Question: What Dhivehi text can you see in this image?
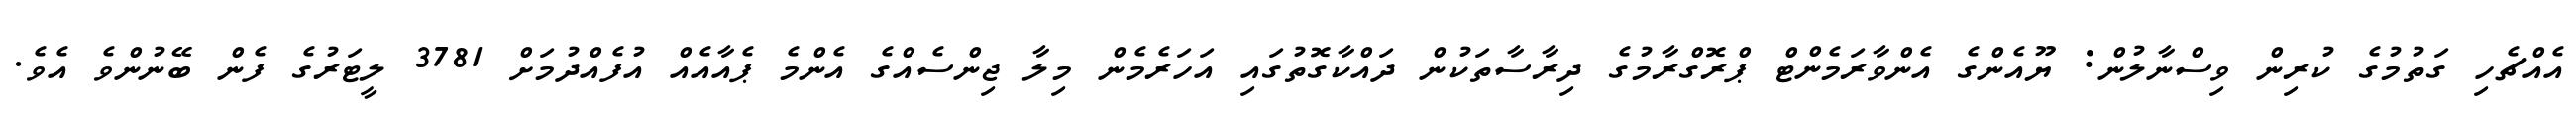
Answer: އެއްޗެހި ގަތުމުގެ ކުރިން ވިސްނާލުން: ޔޫއެންގެ އެންވާރަމެންޓް ޕްރޮގްރާމުގެ ދިރާސާތަކުން ދައްކާގޮތުގައި އަހަރެމެން މިލާ ޖިންސެއްގެ އެންމެ ޕެއާއެއް އުފެއްދުމަށް 3781 ލީޓަރުގެ ފެން ބޭނުންވެ އެވެ.